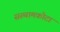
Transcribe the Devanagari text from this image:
सस्थामकोटा